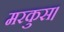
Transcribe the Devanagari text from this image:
मरकुस।